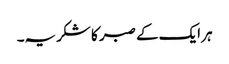
ہر ایک کے صبر کا شکریہ۔